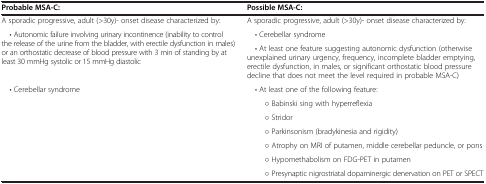
| Probable MSA-C: | Possible MSA-C: |
 | --- | --- |
 | A sporadic progressive, adult (>30y)- onset disease characterized by: | A sporadic progressive, adult (>30y)- onset disease characterized by: |
 | <ROWSPAN=2> • Autonomic failure involving urinary incontinence (inability to control the release of the urine from the bladder, with erectile dysfunction in males) or an orthostatic decrease of blood pressure with 3 min of standing by at least 30 mmHg systolic or 15 mmHg diastolic | • Cerebellar syndrome |
 | • At least one feature suggesting autonomic dysfunction (otherwise unexplained urinary urgency, frequency, incomplete bladder emptying, erectile dysfunction, in males, or significant orthostatic blood pressure decline that does not meet the level required in probable MSA-C) |
 | <ROWSPAN=7> • Cerebellar syndrome | • At least one of the following feature: |
 | ○ Babinski sing with hyperreflexia |
 | ○ Stridor |
 | ○ Parkinsonism (bradykinesia and rigidity) |
 | ○ Atrophy on MRI of putamen, middle cerebellar peduncle, or pons |
 | ○ Hypomethabolism on FDG-PET in putamen |
 | ○ Presynaptic nigrostriatal dopaminergic denervation on PET or SPECT |